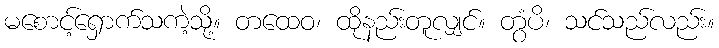
မစောင့်ရှောက်သကဲ့သို့။ တထေဝ၊ ထိုနည်းတူလျှင်။ တွံပိ၊ သင်သည်လည်း။